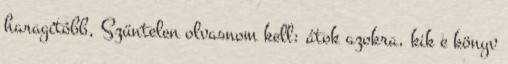
haragítóbb, Szüntelen olvasnom kell: átok azokra, kik e könyv